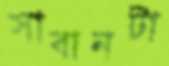
সাবানটা